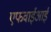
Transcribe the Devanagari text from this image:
एफवाईआई